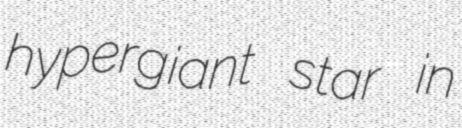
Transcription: hypergiant star in